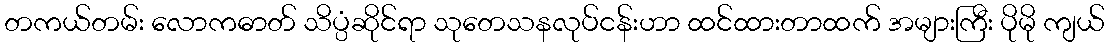
တကယ်တမ်း လောကဓာတ် သိပ္ပံဆိုင်ရာ သုတေသနလုပ်ငန်းဟာ ထင်ထားတာထက် အများကြီး ပိုမို ကျယ်